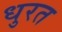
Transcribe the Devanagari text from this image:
धुरत